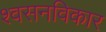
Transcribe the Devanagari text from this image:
श्वसनविकार